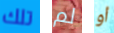
تلك لم أو